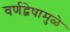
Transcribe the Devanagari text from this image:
वर्णद्वेषामुळे